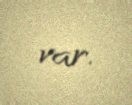
var.